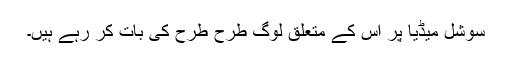
سوشل میڈیا پر اس کے متعلق لوگ طرح طرح کی بات کر رہے ہیں۔